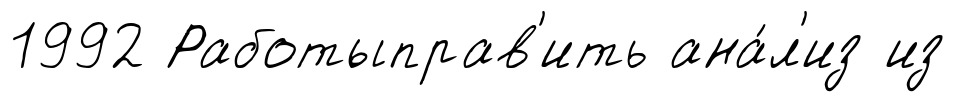
1992 Работыправ'ить ана́л'из из